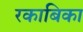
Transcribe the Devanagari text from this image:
रकाबिका